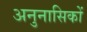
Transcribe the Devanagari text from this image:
अनुनासिकों